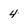
Character: 4